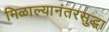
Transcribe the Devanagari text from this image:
मिळाल्यानंतरसुद्धा